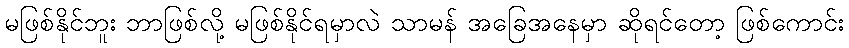
မဖြစ်နိုင်ဘူး ဘာဖြစ်လို့ မဖြစ်နိုင်ရမှာလဲ သာမန် အခြေအနေမှာ ဆိုရင်တော့ ဖြစ်ကောင်း